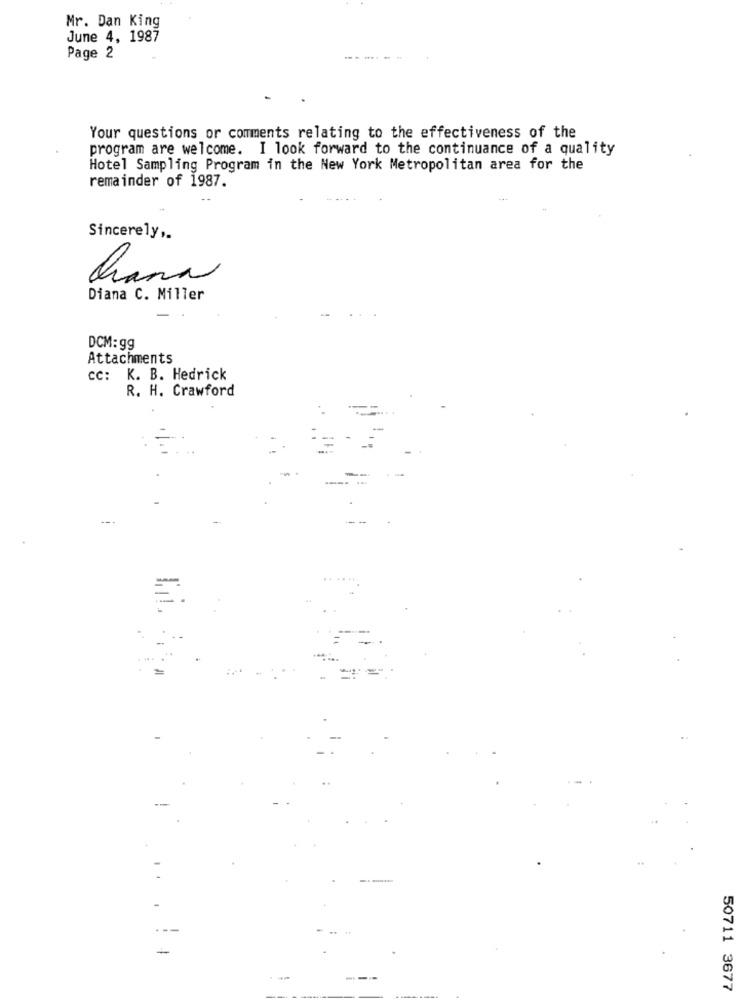
Mr. Dan King
June 4, 1987
Page 2
Your questions or comments relating to the effectiveness of the
program are welcome. I look forward to the continuance of a quality
Hotel Sampling Program in the New York Metropolitan area for the
remainder of 1987.
Sincerely ,.
hana
Diana C. Miller
DCM: gg
Attachments
cc: K. B. Hedrick
R. H. Crawford
.. . !
-
50711 3677